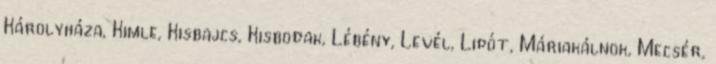
Károlyháza, Kimle, Kisbajcs, Kisbodak, Lébény, Levél, Lipót, Máriakálnok, Mecsér,